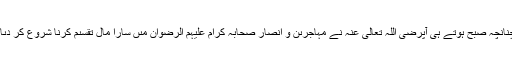
چنانچہ صبح ہوتے ہى آپرَضِیَ اللّٰہُ تَعَالٰی عَنْہُ نے مہاجرىن و اَنصار صَحابۂ کِرام عَلَیْہِمُ الرِّضْوَان مىں سارا مال تقسىم کرنا شروع کر دىا ۔